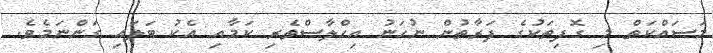
މަސައްކަތް މި ގޮފިތަކުގެ ފަރާތުން ނުހަނު އިހްލާސްތެރި ކަމާއި އެކު ބަލައި ގަންނަމެވެ.